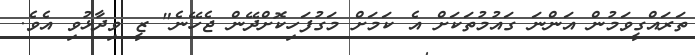
ތަރައްގީވަމުން އަންނަ ގައުމުތަކަށް އެ ކަމަށް މަގުފަހިކޮށްދޭން ޖެހޭނެ" ޒީ ވިދާޅުވި އެވެ.